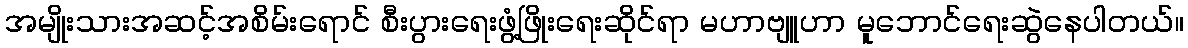
အမျိုးသားအဆင့်အစိမ်းရောင် စီးပွားရေးဖွံ့ဖြိုးရေးဆိုင်ရာ မဟာဗျူဟာ မူဘောင်ရေးဆွဲနေပါတယ်။